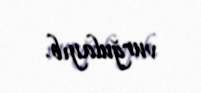
vurğulayıb.